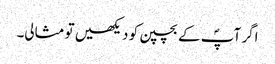
اگر آپؐ کے بچپن کو دیکھیں تو مثالی۔